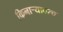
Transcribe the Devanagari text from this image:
किनाऱ्यावरच